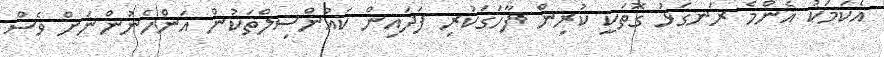
އެކަމަކު އެންމެ ރަނގަޅު ގޮތަކީ ކުރިން ފާހަގަކުރި ފަދައިން ކައުންސިލްތަކުން އަންހެނުންނަށް ވެސް